Report on enteric fever
Disease focus: Fever
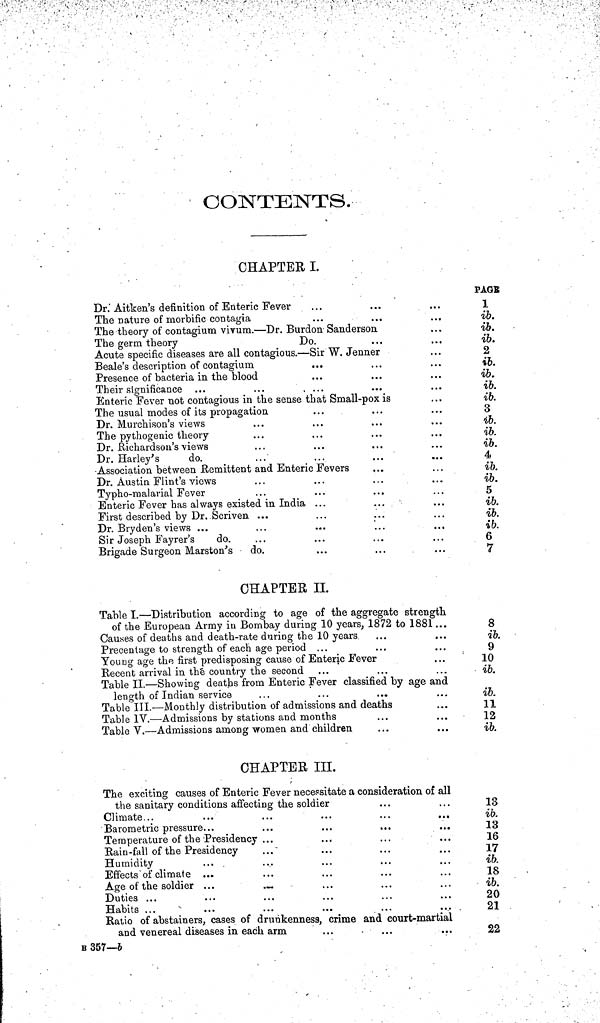
CONTENTS.
CHAPTER I.
Dr.' Aitken's definition of Enteric Fever
The nature of morbific contagia
The theory of contagium virum. — Dr. Burdon Sanderson,
The germ theory
Do.
Acute specific diseases are all contagious. — Sir W. Jenner
Beale's description of contagium
Presence of bacteria in the blood
Their significance
Enteric Fever not contagious in the sense that Small-pox is
The usual modes of its propagation
Dr. Murchison's views
The pythogenic theory
Dr. Richardson's views
Dr. Harley's
do.
Association between .Remittent and Enteric Fevers
Dr. Austin Flint's views
Typho-malarial Fever
Enteric Fever has always existed in India ...
First described by Dr. Scriven ...
Dr. Bryden's views ...
Sir Joseph Fayrer's
do.
Brigade Surgeon Marston's
do.
PAGE
1
ib.
ib.
ib.
2
ib.
ib.
ib.
ib.
3
ib.
ib.
ib.
4
ib.
ib.
5
ib.
ib.
ib.
6
7
CHAPTER II.
Table I. — Distribution according to age of the aggregate strength
of the European Army in Bombay during 10 years, 1872 to 1881 ...
Causes of deaths and death-rate during the 10 years
Precentage to strength of each age period ...
Youog age the first predisposing cause of Enteric Fever
Recent arrival in the country the second
Table II. — Showing deaths from Enteric Fever classified by age and
length of Indian service
Table III. — Monthly distribution of admissions and deaths
Table IV. — Admissions by stations and months
Table V. — Admissions among women and children
8
ib.
9
10
ib.
ib.
11
12
ib.
CHAPTER III.
The exciting causes of Enteric Fever necessitate a consideration of all
the sanitary conditions affecting the soldier
Climate...
...
...
...
...
...
Barometric pressure...
Temperature of the Presidency ...
Rain-fall of the Presidency
Humidity
Effects of climate ...
Age of the soldier ...
...
Duties ...
Habits ...
Ratio of abstainers, cases of drunkenness, crime and court-martial
and venereal diseases in each arm
13
ib.
13
16
17
ib.
18
ib.
20
21
22
B 357—b